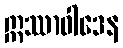
ဣဿာဝါဒေန